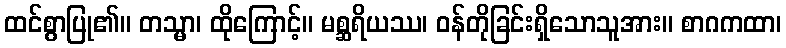
ထင်စွာပြု၏။ တသ္မာ၊ ထိုကြောင့်။ မစ္ဆရိယဿ၊ ဝန်တိုခြင်းရှိသောသူအား။ စာဂကထာ၊